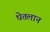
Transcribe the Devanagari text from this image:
घेतलान